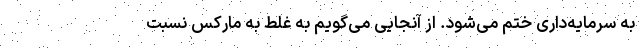
به سرمایه‌داری ختم می‌شود. از آنجایی می‌گویم به غلط به مارکس نسبت